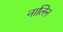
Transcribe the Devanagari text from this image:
नालिन